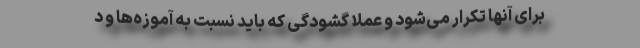
برای آنها تکرار می‌شود و عملا گشودگی که باید نسبت به آموزه‌ها و د